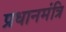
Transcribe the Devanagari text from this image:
प्रधानमंत्रि